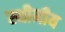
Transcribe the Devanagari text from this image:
स्थीनीय